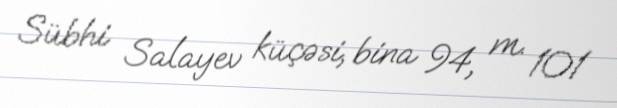
Sübhi Salayev küçəsi, bina 94, m. 101